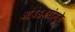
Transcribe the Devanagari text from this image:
आंबेडकरांमुळे